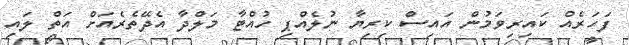
ފަހަރެއް ކައިރިވަމުން އައިސް ކިރިޔާ ނުލެއްޕި ހުއްޓާ މަލްދާ އެދޭތެރެއަށް އަތް ލައި